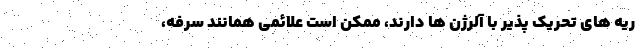
ریه های تحریک پذیر با آلرژن ها دارند، ممکن است علائمی همانند سرفه،